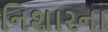
નિશારના